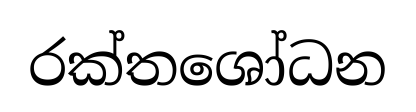
රක්තශෝධන